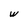
Character: w